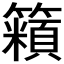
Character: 𬕿